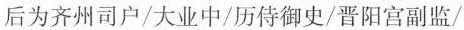
后为齐州司户/大业中/历侍御史/晋阳宫副监/